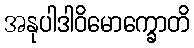
အနုပါဒါဝိမောက္ခောတိ